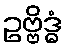
ဥဗ္ဗိဒ္ဓံ